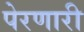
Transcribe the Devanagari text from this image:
पेरणारी